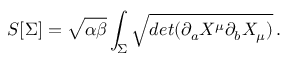
S [ \Sigma ] = \sqrt { \alpha \beta } \int _ { \Sigma } \sqrt { d e t ( \partial _ { a } X ^ { \mu } \partial _ { b } X _ { \mu } ) } \, .